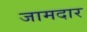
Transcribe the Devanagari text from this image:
जामदार